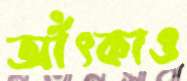
আঁৎকাও